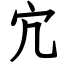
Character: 宂